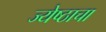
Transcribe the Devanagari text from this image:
ज्येष्ठाचा